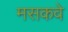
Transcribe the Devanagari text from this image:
मसकवे